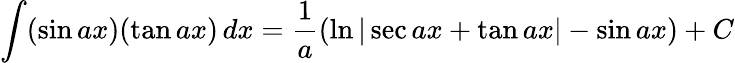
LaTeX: \int(\sin ax)(\tan ax)\, dx={\frac{1}{a}}(\ln|\sec ax+\tan ax|-\sin ax)+C